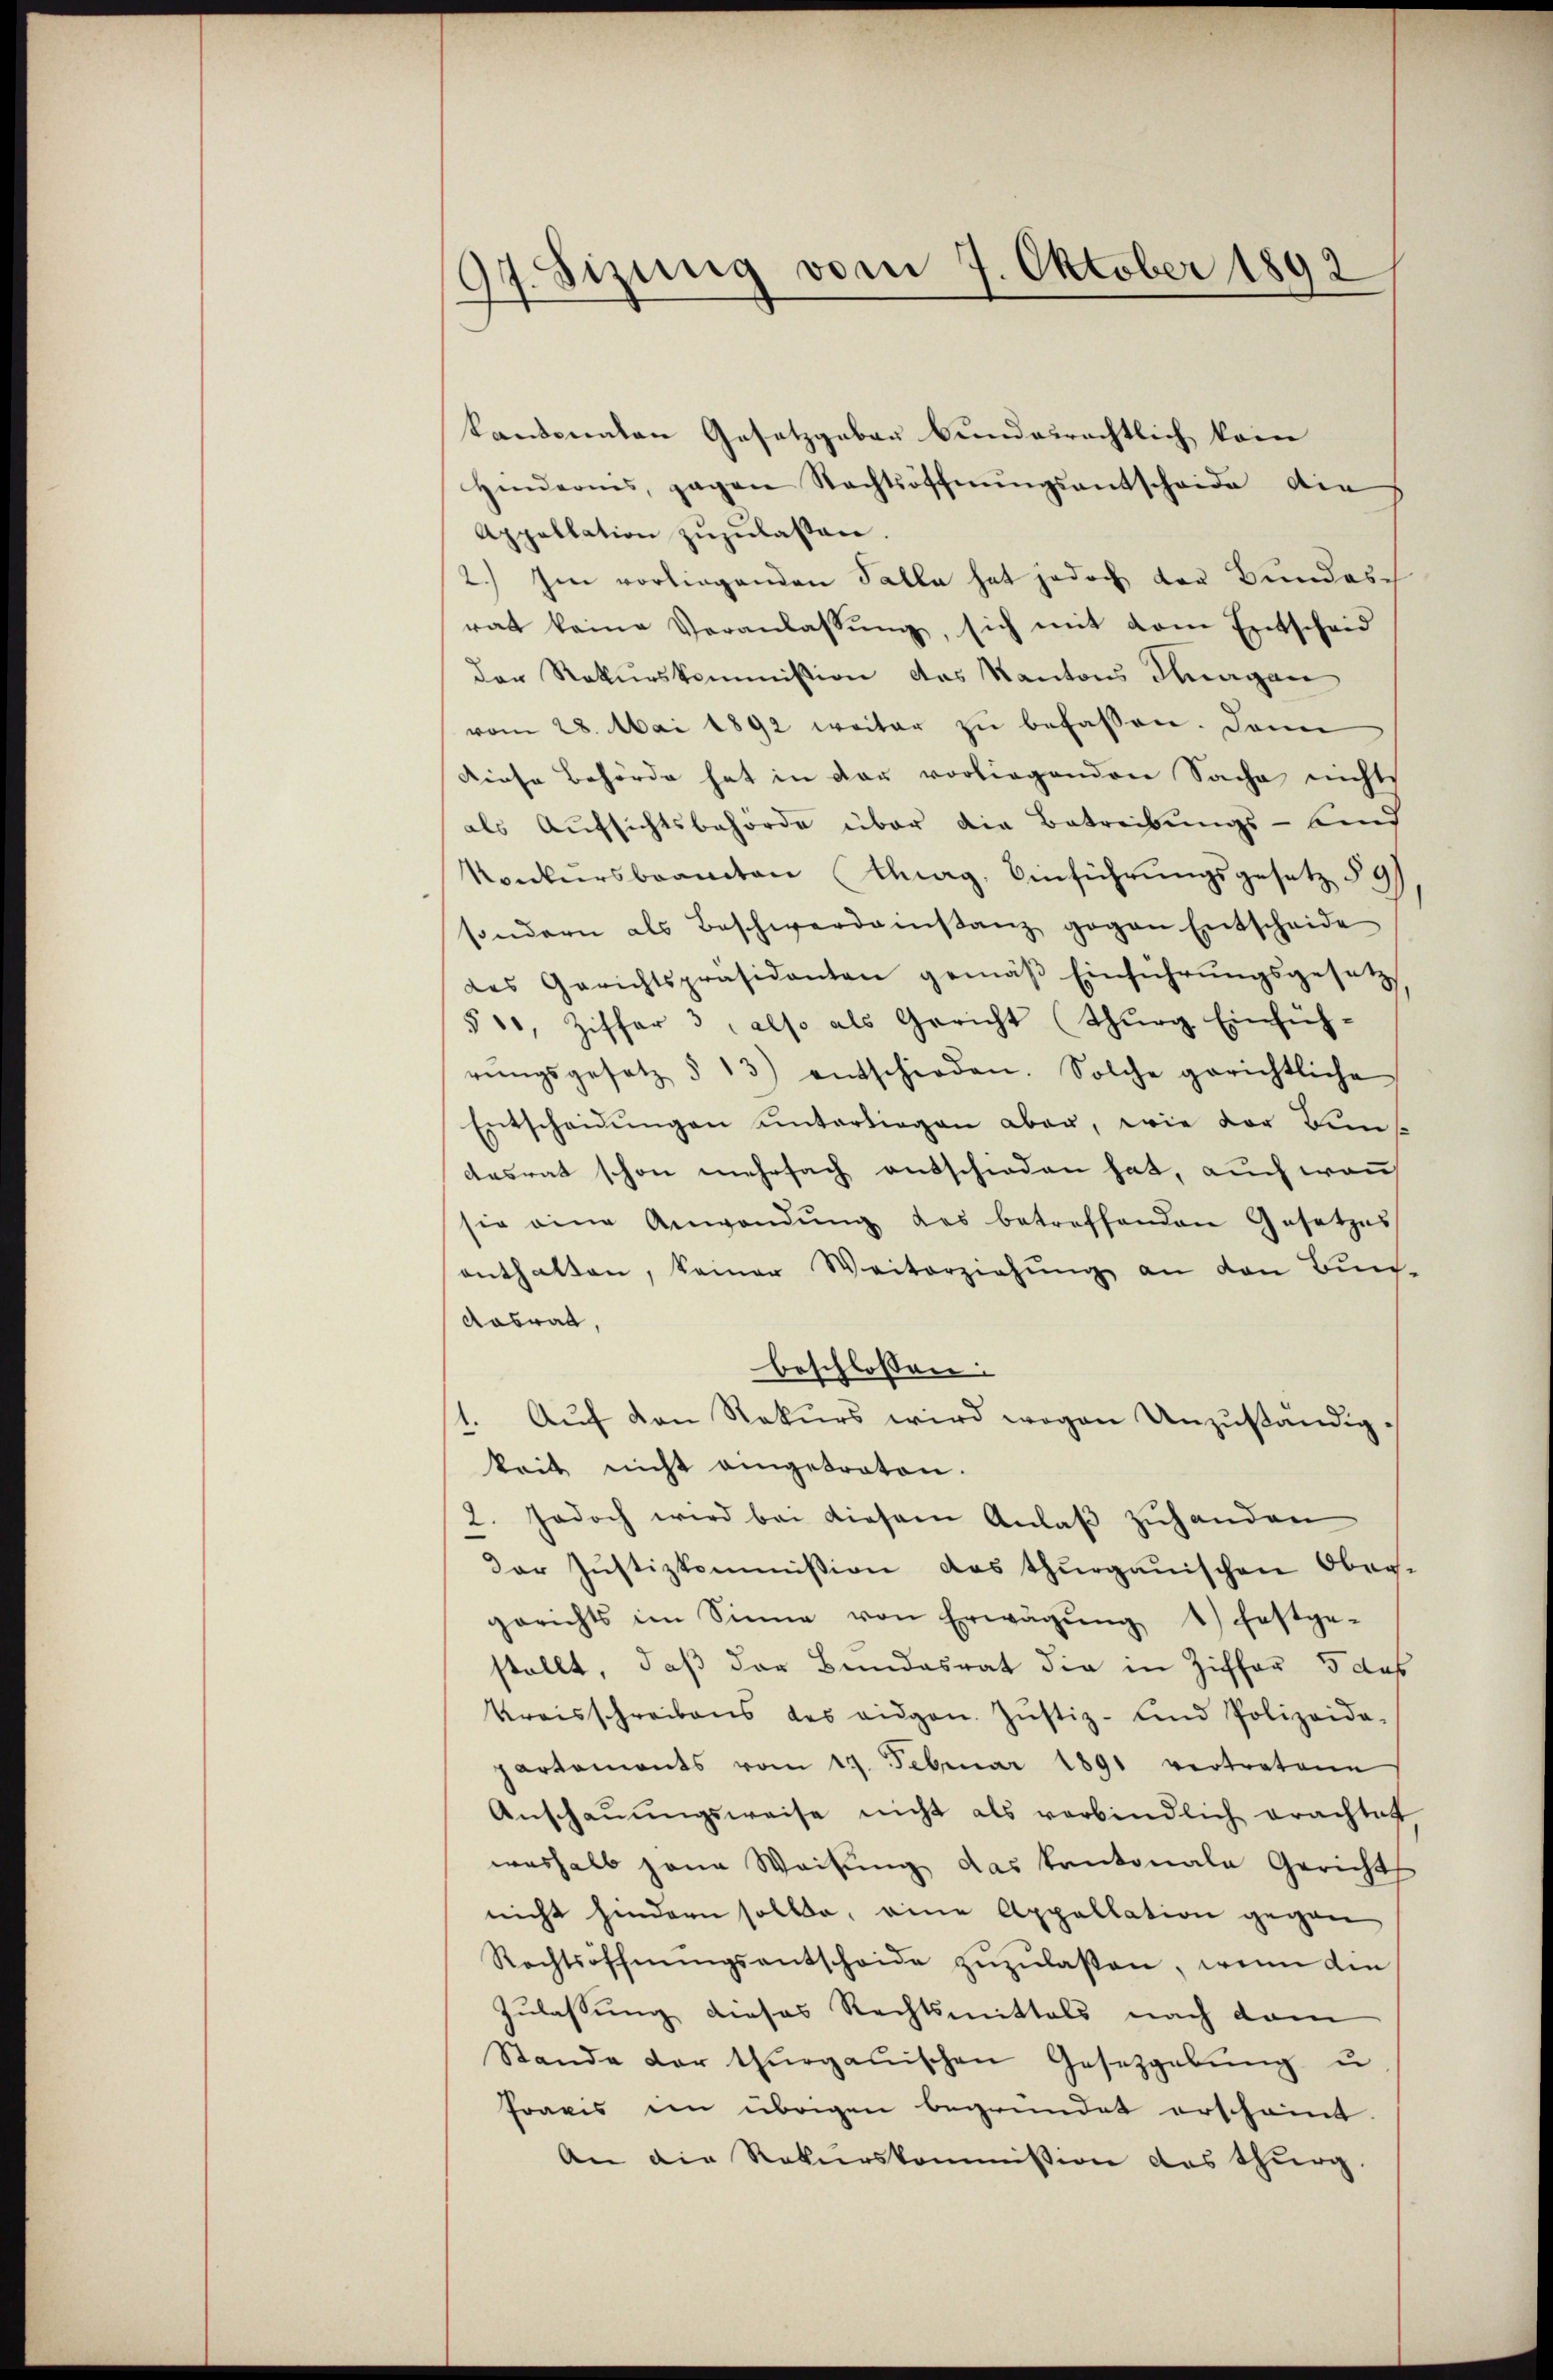
97. Sizung vom 7. Oktober 1892

kantonalen Gesetzgeber bundesrechtlich kom
Hinderes, gegen Nachtöffnŭngsantscheide die
Appellation zŭzŭlassen.
2.) Im vorliegenden Falle hat jedoch der Bundesrat keine Veranlassŭng, sich mit dem Entscheid
der Rekurskommission das Kantons Kurgan
vom 28. Mai 1892 weiter zu befassen. Dann
diese Behörde hat in der vorliegenden Sache nichts
als Aufsichtsbehörde über die Betreibungs- Kind
Konkursbeamten Tag. Einführungsgesetz § 9
sondern als Beschwerdeinstanz gegen Entscheide
des Gerichtspräsidenten gemäβ Einführŭngsgesetz
§ 11, Ziffer 3, also als Gericht (Thŭrg Einfüh-
rŭngsgesetz § 13) entschieden. Solche gerichtliche
Entscheidŭngen unterliegen aber, wie der Kuns
dasrat schon mehrfach entschieden hat, auch wan
sie eine Anwendŭng des betreffenden Gesetzes
enthalten, keiner Weiterziehung an den Buch-
Aabrad,
beschlossen.
Aŭf den Rekurs wird wegen Unzuständigkeit nicht angetreten.
2. Jedoch wird bei diesem Anlaβ zuhanden
der Justizkommission das thurgauischen Ober-
gerichts im Sinne von Erwägŭng 1) festge-
stellt, daß der Bundesrat die in Ziffer 5 das
Kreisschreibens des eidgen. Jŭstiz- und Polizeide-
partaments vom 19. Februar 1891 vertretene
Anschaŭŭngsweise nicht als verbindlich erachtet
weshalb jana Weisung das kantonale Gericht
nicht hindern sollte, eine Appellation gegen
Rechtsöffnŭngsentscheide zŭzŭlasen, wenn die
Zulassung dieses Rechtsmittels nach dam
Stande der thurgauischen Gesetzgebung u
Praxis im übrigen begründet erscheint.
An die Rekurskommission des Thurg.